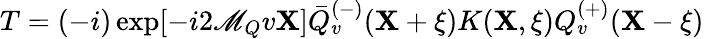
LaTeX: T=(-i)\exp[-i2\mathscr{M}_{Q}v\mathbf{X}]\bar{{Q}}_{v}^{(-)}(\mathbf{X}+\xi)K(\mathbf{X},\xi)Q_{v}^{(+)}(\mathbf{X}-\xi)